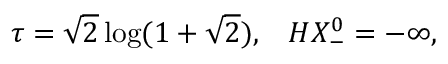
\tau = \sqrt { 2 } \log ( 1 + \sqrt { 2 } ) , \; \; \; H X _ { - } ^ { 0 } = - \infty ,